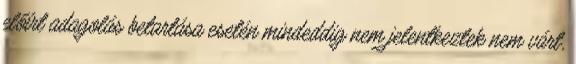
előírt adagolás betartása esetén mindeddig nem jelentkeztek nem várt,